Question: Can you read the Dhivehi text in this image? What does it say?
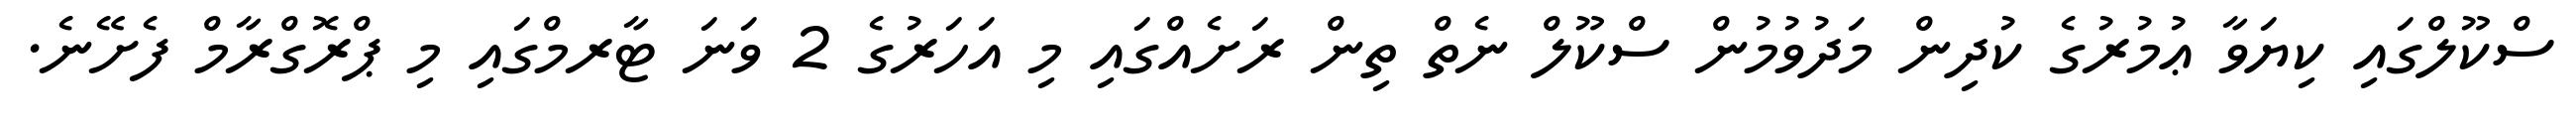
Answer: ސްކޫލްގައި ކިޔަވާ ޢުމުރުގެ ކުދިން މަދުވުމުން ސްކޫލް ނެތް ތިން ރަށެއްގައި މި އަހަރުގެ 2 ވަނަ ޓާރމްގައި މި ޕްރޮގްރާމް ފެށޭނެ.